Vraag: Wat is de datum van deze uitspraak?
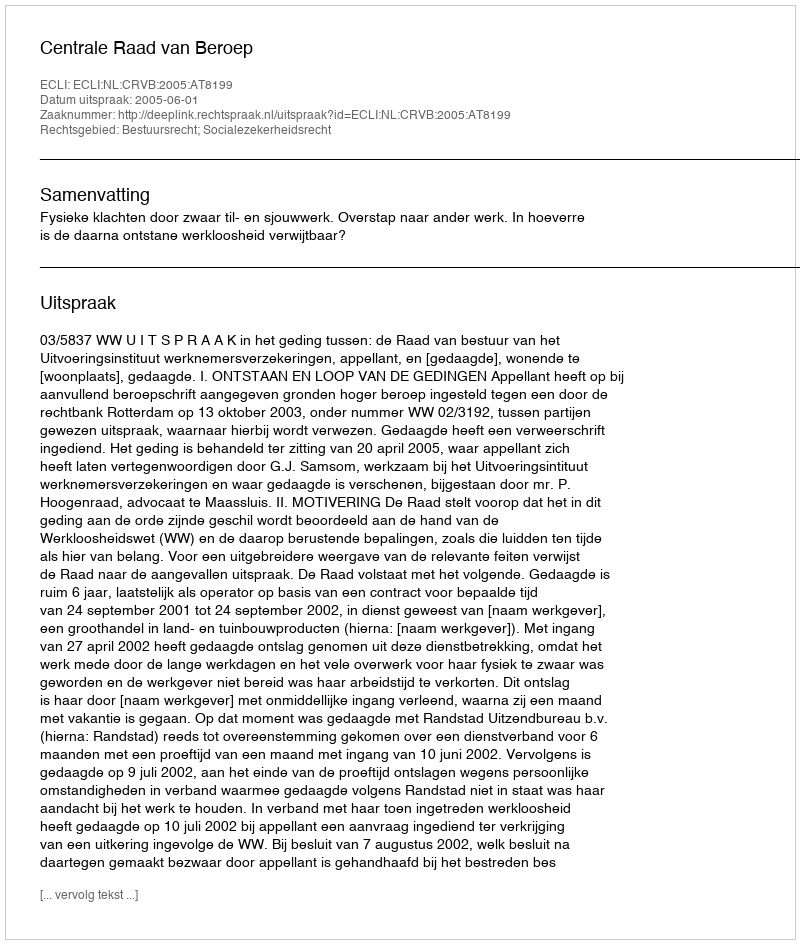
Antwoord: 2005-06-01